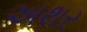
અથર